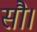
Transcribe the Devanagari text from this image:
सौ।